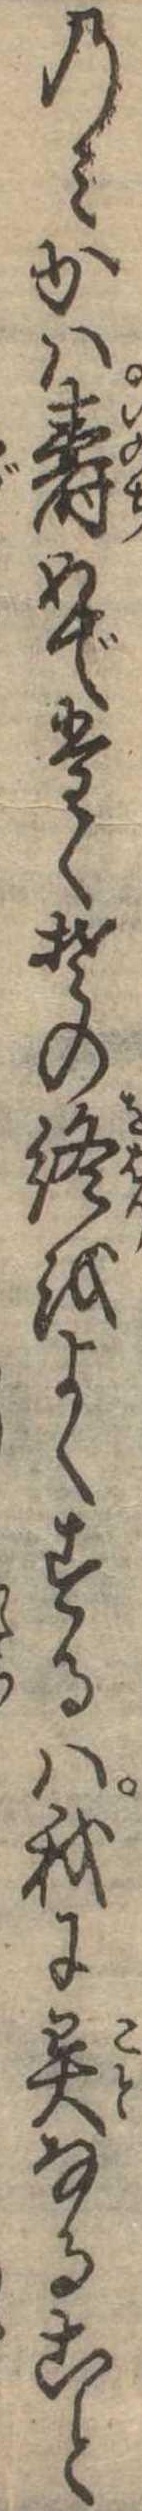
のみかは寿めでたくその終をよくするは我に異なること